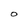
Character: O